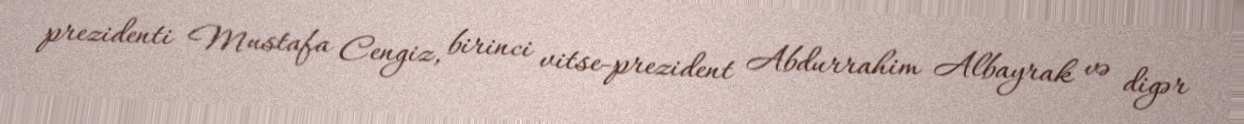
prezidenti Mustafa Cengiz, birinci vitse-prezident Abdurrahim Albayrak və digər